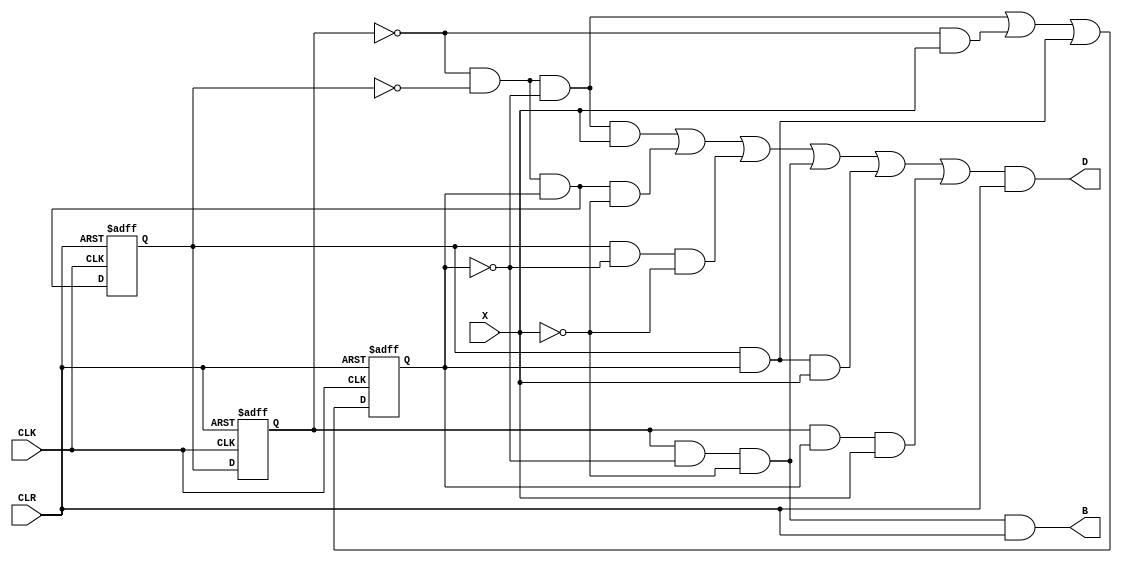
`timescale 1ns / 1ps
//////////////////////////////////////////////////////////////////////////////////
// Company: 
// Engineer: 
// 
// Design Name: 
// Module Name: HW1_sub2_dataflow
// Project Name: 
// Target Devices: 
// Tool Versions: 
// Description: 
// 
// Dependencies: 
// 
// Revision:
// Revision 0.01 - File Created
// Additional Comments:
// 
//////////////////////////////////////////////////////////////////////////////////

module HW1_sub2_dataflow(D, B, X, CLK, CLR);
    input X, CLK, CLR;
    output D, B;
    reg Q2, Q1, Q0;
    wire D, B;
    initial begin
        Q2 = 1'b0;
        Q1 = 1'b0;
        Q0 = 1'b0;
    end
    always @(posedge CLK or negedge CLR) begin
        if(~CLR) begin
            Q2 <= 1'b0;
            Q1 <= 1'b0;
            Q0 <= 1'b0;
        end
        else begin
            Q2 <= Q1;
            Q1 <= ~Q2 & ~Q1 & Q0;
            Q0 <= (~Q2 & ~Q1 & ~Q0) | (~Q2 & X) | (Q1 & Q0);
         end
    end
    
    assign D = ( (~Q2 & ~Q1 & ~Q0 & X) | (~Q2 & ~Q1 & Q0 & ~X) | 
    (Q1 & ~Q0 & ~X) | (Q2 & ~Q0 & ~X) | 
    (Q1 & Q0 & X) | (Q2 & Q0 & X) ) & CLR;
    
    assign B = Q2 & ~Q0 & ~X & CLR;
    
endmodule